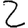
Digit: 2